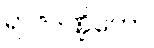
ရာဇဒဏ္ဍိတော